Report on the bubonic plague in Bombay, 1896-1897
Year: 1896
Disease focus: Plague
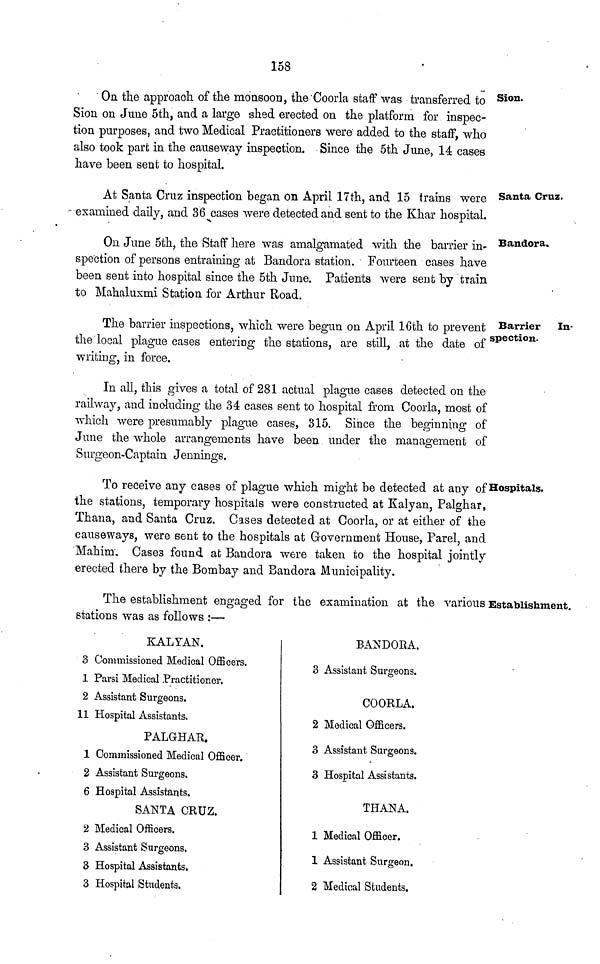
158
Sion.
On the approach of the monsoon, the Coorla staff was transferred to
Sion on June 5th, and a large shed erected on the platform for inspec-
tion purposes, and two Medical Practitioners were added to the staff, who
also took part in the causeway inspection. Since the 5th June, 14 cases
have been sent to hospital.
Santa Cruz.
At Santa Cruz inspection began on April 17th, and 15 trains were
examined daily, and 36 cases were detected and sent to the Khar hospital.
Bandora.
On June 5th, the Staff here was amalgamated with the barrier in
spection of persons entraining at Bandora station. Fourteen cases have
been sent into hospital since the 5th June. Patients were sent by train
to Mahaluxmi Station for Arthur Road.
Barrier In-
spection.
The barrier inspections, which were begun on April 16th to prevent
the local plague cases entering the stations, are still, at the date of
writing, in force.
In all, this gives a total of 281 actual plague cases detected on the
railway, and inoluding the 34 cases sent to hospital from Coorla, most of
which were presumably plague cases, 315. Since the beginning of
June the whole arrangements have been under the management of
Surgeon-Captain Jennings.
Hospitals.
To receive any cases of plague which might be detected at any of
the stations, temporary hospitals were constructed at Kalyan, Palghar,
Thana, and Santa Cruz. Cases detected at Coorla, or at either of the
causeways, were sent to the hospitals at Government House, Parel, and
Mahim. Cases found at Bandora were taken to the hospital jointly
erected there by the Bombay and Bandora Municipality.
Establishment.
The establishment engaged for the examination at the various
stations was as follows :—
KALYAN.
8 Commissioned Medical Officers.
1 Parsi Medical Practitioner.
2 Assistant Surgeons.
11 Hospital Assistants.
PALGHAR.
1 Commissioned Medical Officer.
2 Assistant Surgeons.
6 Hospital Assistants.
SANTA CRUZ.
2 Medical Officers.
3 Assistant Surgeons.
3 Hospital Assistants.
3 Hospital Students.
BANDORA.
3 Assistant Surgeons.
COORLA.
2 Modical Officers.
3 Assistant Surgeons.
3 Hospital Assistants.
THANA.
1 Medical Officer.
1 Assistant Surgeon.
2 Medical Students.